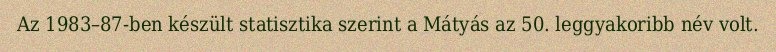
Az 1983–87-ben készült statisztika szerint a Mátyás az 50. leggyakoribb név volt.